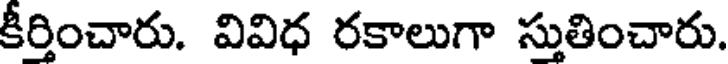
కీర్తించారు. వివిధ రకాలుగా స్తుతించారు.